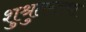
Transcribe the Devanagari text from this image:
शुश्रुतस्तथा